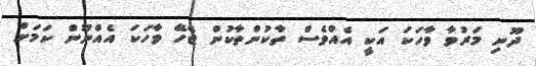
ދޫނި މަރުވާ ވާހަކަ އަކީ އެއްވެސް ތާކުންތާކުން ޖެހޭާ ވާހަކަ އެއްނޫން ކަމަށް